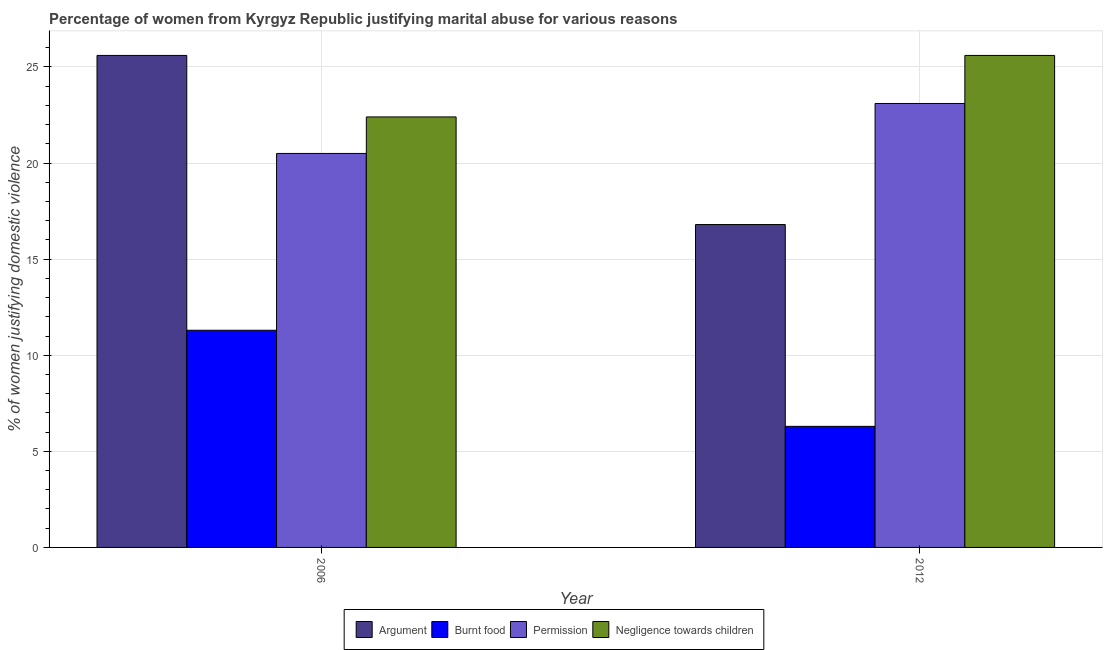
| Year | Argument | Burnt food | Permission | Negligence towards children |
 | --- | --- | --- | --- | --- |
 | 2006 | 25.6 | 11.3 | 20.5 | 22.4 |
 | 2012 | 16.8 | 6.3 | 23.1 | 25.6 |